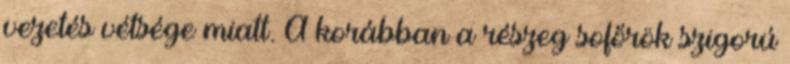
vezetés vétsége miatt. A korábban a részeg sofőrök szigorú